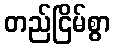
တည်ငြိမ်စွာ